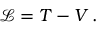
{ \mathcal { L } } = T - V \, .